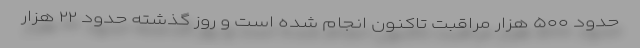
حدود ۵۰۰ هزار مراقبت تاکنون انجام شده است و روز گذشته حدود ۲۲ هزار